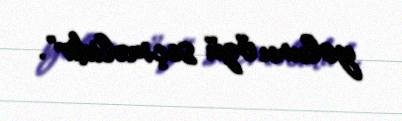
yolunu özü seçməlidir".